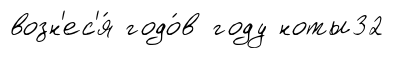
возн'ес'я́ годо́в году ноты32